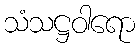
သံသဋ္ဌဝါရော